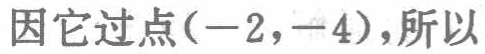
因它过点\((-2,-4)\)，所以